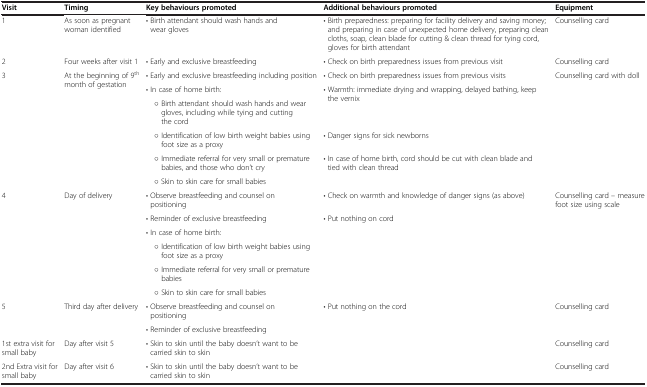
<table><thead><tr><td><b>Visit</b></td><td><b>Timing</b></td><td><b>Key behaviours promoted</b></td><td><b>Additional behaviours promoted</b></td><td><b>Equipment</b></td></tr></thead><tbody><tr><td>1</td><td>As soon as pregnant woman identified</td><td>• Birth attendant should wash hands and wear gloves</td><td>• Birth preparedness: preparing for facility delivery and saving money; and preparing in case of unexpected home delivery, preparing clean cloths, soap, clean blade for cutting &amp; clean thread for tying cord, gloves for birth attendant</td><td>Counselling card</td></tr><tr><td>2</td><td>Four weeks after visit 1</td><td>• Early and exclusive breastfeeding</td><td>• Check on birth preparedness issues from previous visit</td><td>Counselling card</td></tr><tr><td rowspan="6">3</td><td rowspan="6">At the beginning of 9<sup>th</sup> month of gestation</td><td>• Early and exclusive breastfeeding including position</td><td>• Check on birth preparedness issues from previous visits</td><td rowspan="6">Counselling card with doll</td></tr><tr><td>• In case of home birth:</td><td rowspan="2">• Warmth: immediate drying and wrapping, delayed bathing, keep the vernix</td></tr><tr><td> ○ Birth attendant should wash hands and wear gloves, including while tying and cutting the cord</td></tr><tr><td> ○ Identification of low birth weight babies using foot size as a proxy</td><td>• Danger signs for sick newborns</td></tr><tr><td> ○ Immediate referral for very small or premature babies, and those who don’t cry</td><td rowspan="2">• In case of home birth, cord should be cut with clean blade and tied with clean thread</td></tr><tr><td> ○ Skin to skin care for small babies</td></tr><tr><td rowspan="6">4</td><td rowspan="6">Day of delivery</td><td>• Observe breastfeeding and counsel on positioning</td><td>• Check on warmth and knowledge of danger signs (as above)</td><td rowspan="6">Counselling card – measure foot size using scale</td></tr><tr><td>• Reminder of exclusive breastfeeding</td><td rowspan="5">• Put nothing on cord</td></tr><tr><td>• In case of home birth:</td></tr><tr><td> ○ Identification of low birth weight babies using foot size as a proxy</td></tr><tr><td> ○ Immediate referral for very small or premature babies</td></tr><tr><td> ○ Skin to skin care for small babies</td></tr><tr><td rowspan="2">5</td><td rowspan="2">Third day after delivery</td><td>• Observe breastfeeding and counsel on positioning</td><td rowspan="2">• Put nothing on the cord</td><td rowspan="2">Counselling card</td></tr><tr><td>• Reminder of exclusive breastfeeding</td></tr><tr><td>1st extra visit for small baby</td><td>Day after visit 5</td><td>• Skin to skin until the baby doesn’t want to be carried skin to skin</td><td> </td><td>Counselling card</td></tr><tr><td>2nd Extra visit for small baby</td><td>Day after visit 6</td><td>• Skin to skin until the baby doesn’t want to be carried skin to skin</td><td> </td><td>Counselling card</td></tr></tbody></table>